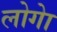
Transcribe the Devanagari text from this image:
लोगेा